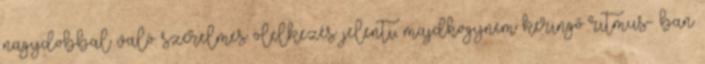
nagydobbal való szerelmes ölelkezés jelenti, majdhogynem keringő ritmus- ban